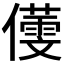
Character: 𪝸